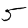
Digit: 5